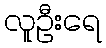
လူဦးရေ